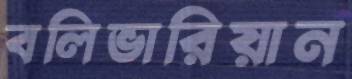
বলিভারিয়ান